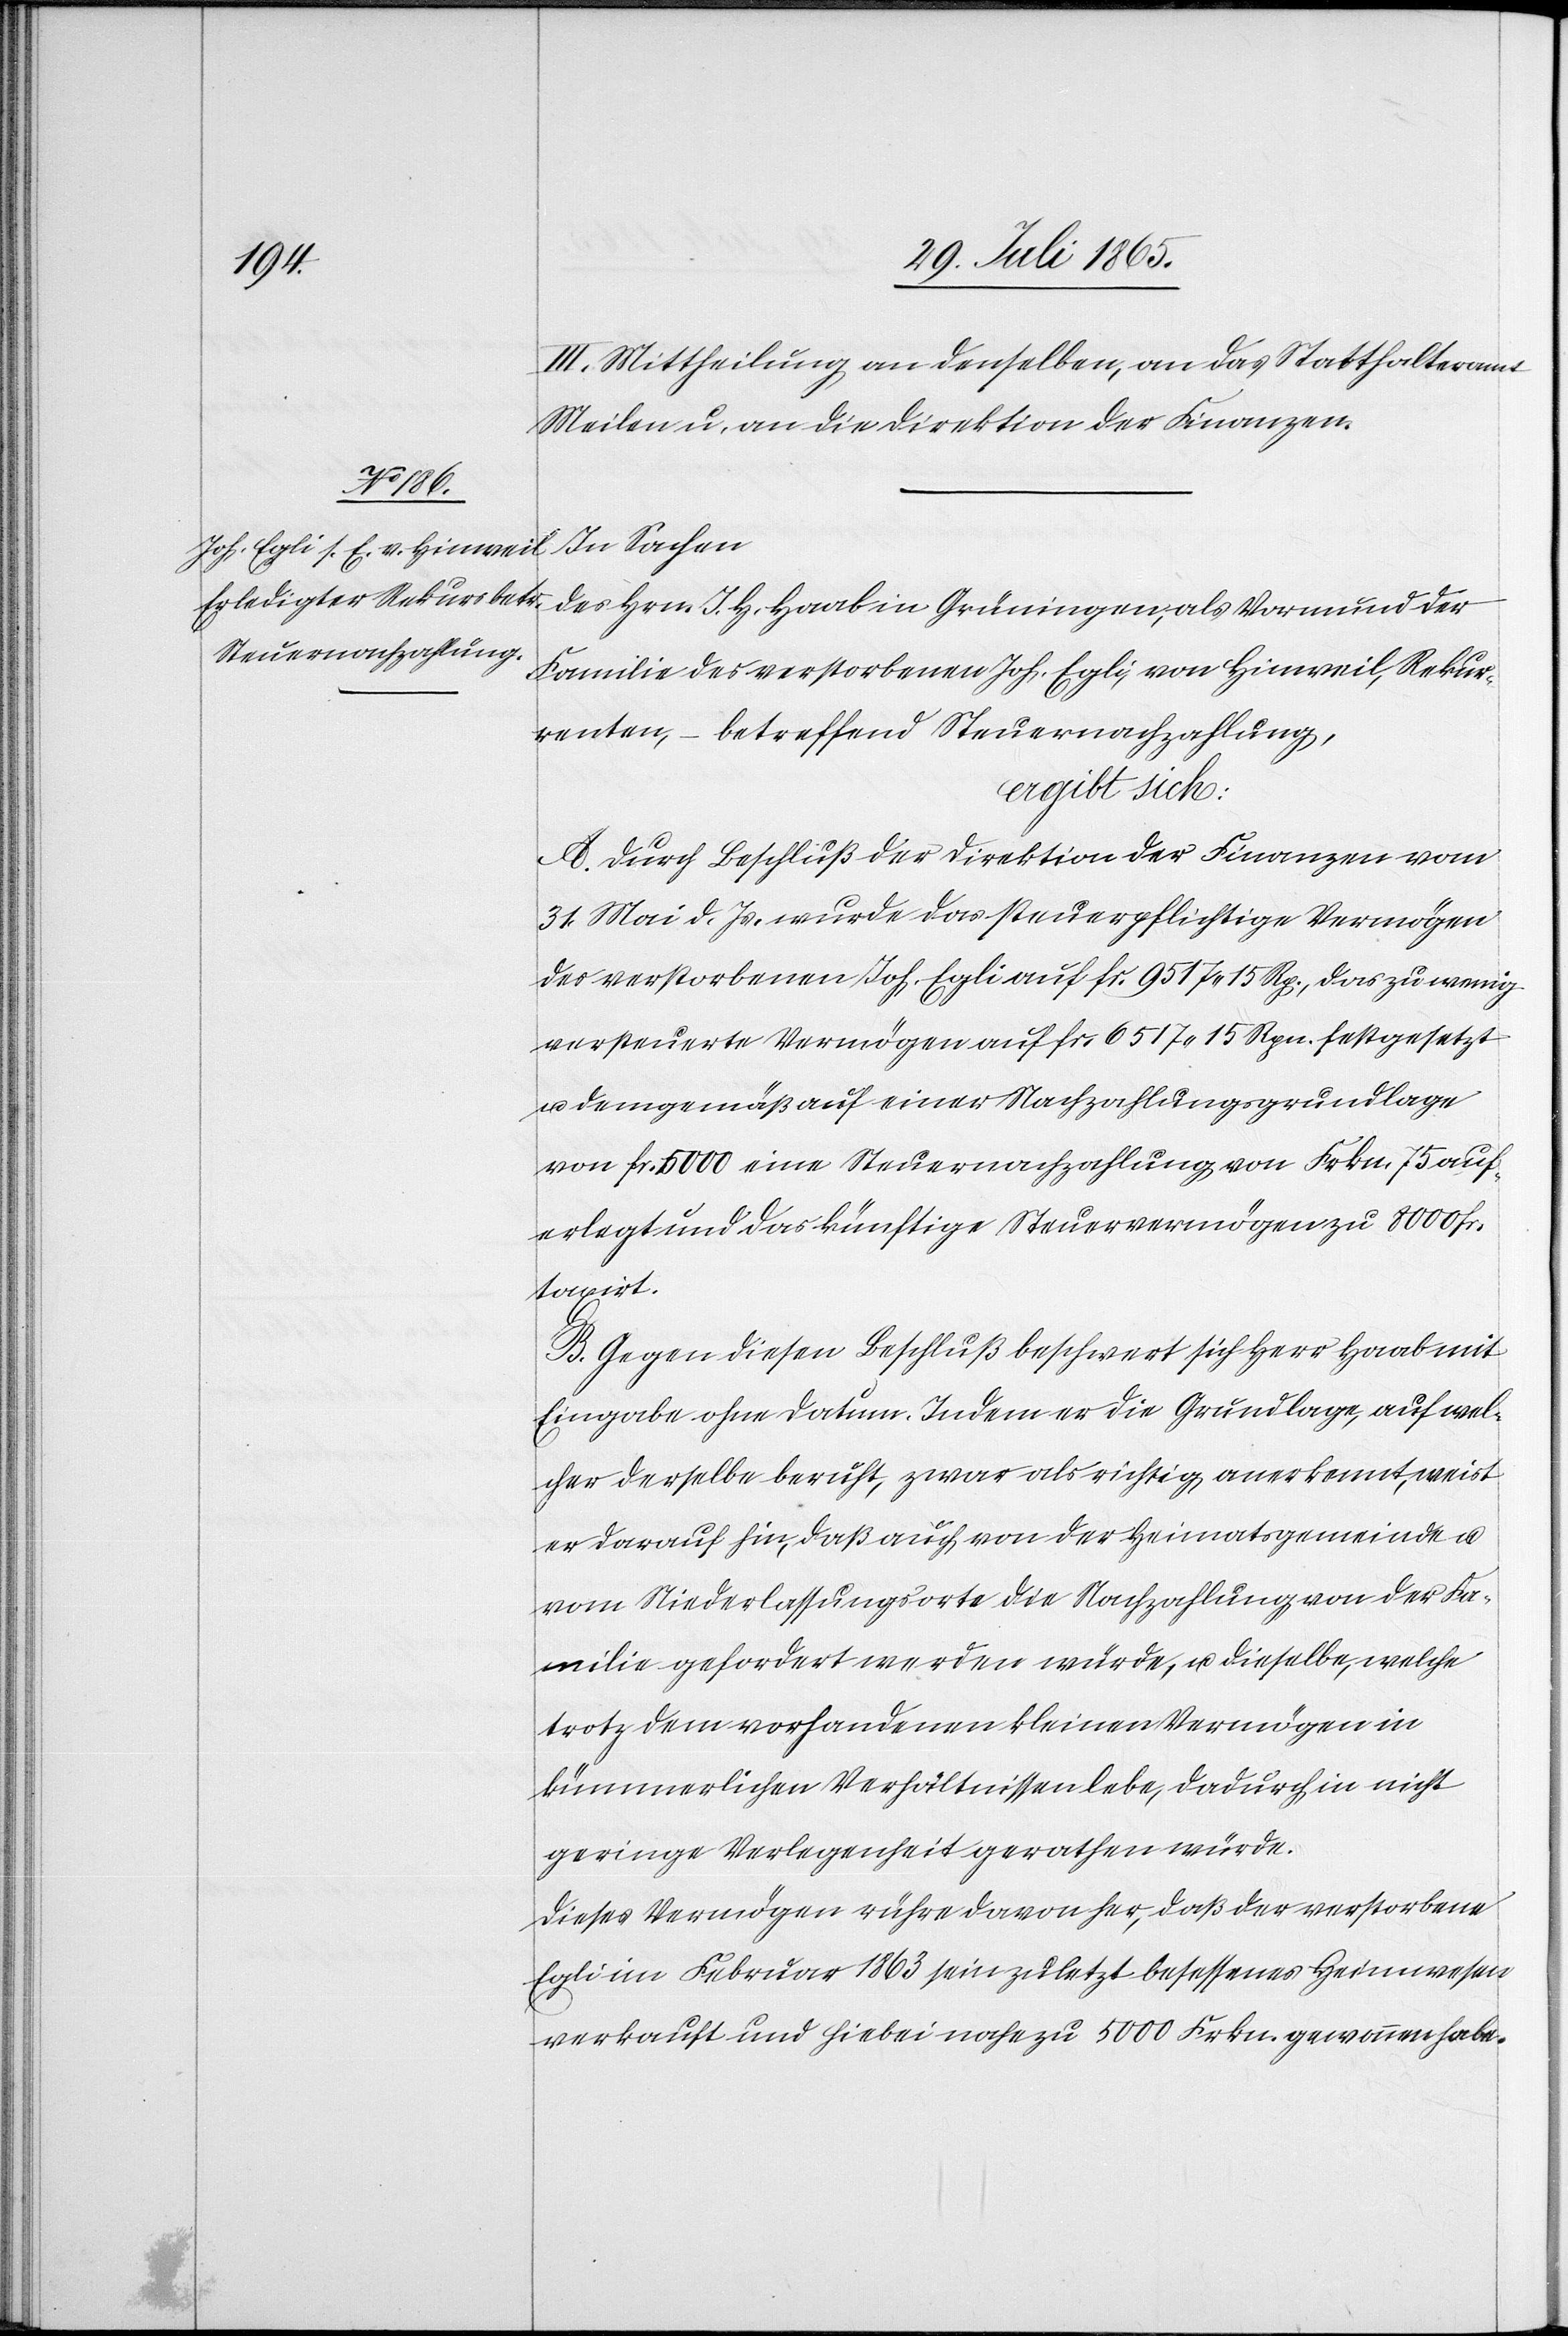
III. Mittheilung an denselben, an das Statthalteramt
Meilen u. an die Direktion der Finanzen.
In Sachen
des Hrn. J. H. Haab in Grüningen, als Vormund der
Familie des verstorbenen Joh. Egli, von Hinweil, Rekur¬
renten, betreffend Steuernachzahlung,
ergibt sich:
A. Durch Beschluß der Direktion der Finanzen vom
31. Mail d. Js. wurde das steuerpflichtige Vermögen
des verstorbenen Joh. Egli auf fr. 9517.15 Rp., das zu wenig
versteuerte Vermögen auf fr. 6517.15 Rpn. festgesetzt
u. demgemäß auf einer Nachzahlungsgrundlage
von fr. 5000 eine Steuernachzahlung von Frkn. 75 auf¬
erlegt und das künftige Steuervermögen zu 8000 fr.
taxirt.
B. Gegen diesen Beschluß beschwert sich Herr Haab mit
Eingabe ohne Datum. Indem er die Grundlage, auf wel¬
cher derselbe beruht, zwar als richtig anerkannt, weist
er darauf hin, daß auch von der Heimatsgemeinde u.
vom Niederlassungsorte die Nachzahlung von der Fa¬
milie gefordert werden würde, u. dieselbe, welche
trotz dem vorhandenen kleinen Vermögen in
kümmerlichen Verhältnissen lebe, dadurch in nicht
geringe Verlegenheit gerathen würde.
Dieses Vermögen rühre davon her, daß der verstorbene
Egli im Februar 1863 sein zuletzt besessenes Heimwesen
verkauft und hiebei nahe zu 5000 Frkn. gewonnen habe.